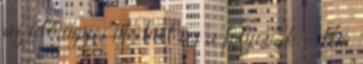
az idő úgyis medret ás a folyónak. - Hm.